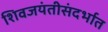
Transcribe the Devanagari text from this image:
शिवजयंतीसंदर्भात